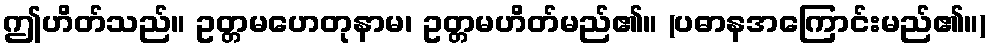
ဤဟိတ်သည်။ ဥတ္တမဟေတုနာမ၊ ဥတ္တမဟိတ်မည်၏။ (ပဓာနအကြောင်းမည်၏။)